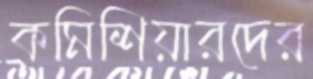
কমিশিয়ারদের